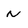
Character: N